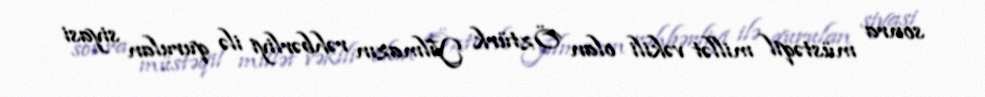
sonra müstəqil millət vəkili olan Öztürk Yılmazın rəhbərliyi ilə qurulan siyasi